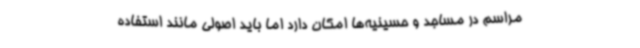
مراسم در مساجد و حسینیه‌ها امکان دارد اما باید اصولی مانند استفاده